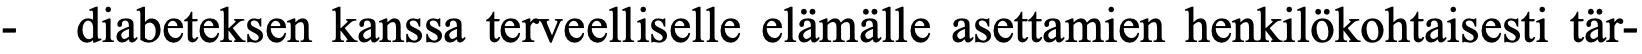
-  diabeteksen kanssa terveelliselle elämälle asettamien henkilökohtaisesti tär-